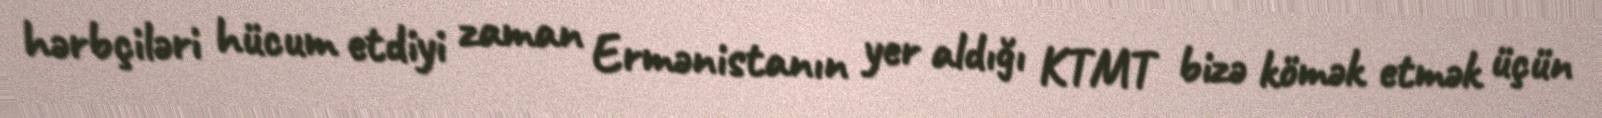
hərbçiləri hücum etdiyi zaman Ermənistanın yer aldığı KTMT bizə kömək etmək üçün